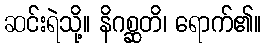
ဆင်းရဲသို့။ နိဂစ္ဆတိ၊ ရောက်၏။